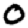
Digit: 0